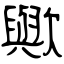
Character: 歟